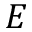
E